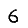
Digit: 6